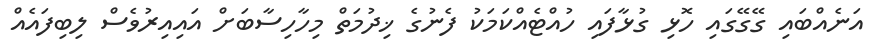
އަނެއްބައި ގޭގޭގައި ހޮޅި ގުޅާފައި ހުއްޓެއްކަމަކު ފެނުގެ ޚިދުމަތް މިހާހިސާބަށް އައިއިރުވެސް ލިބިފައެއް